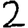
Digit: 2